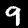
Label: 9